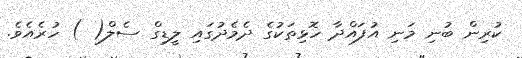
ކުރިން ބުނި މަނި އުފައްދާ ހޮޅިތަކުގެ ދެމެދުގައި ލީޑިގް ސެލް( ) ހުރެއެވެ.